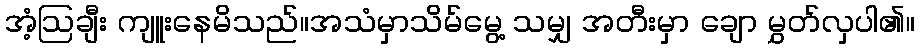
အံ့ဩချီး ကျူးနေမိသည်။အသံမှာသိမ်မွေ့ သမျှ အတီးမှာ ချော မွှတ်လှပါ၏။